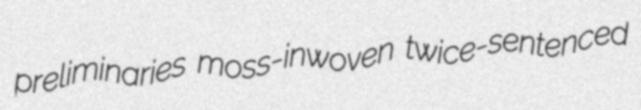
preliminaries moss-inwoven twice-sentenced